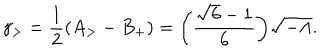
LaTeX: \gamma _ { > } = \frac { 1 } { 2 } ( A _ { > } - B _ { + } ) = \biggl ( \frac { \sqrt { 6 } - 1 } { 6 } \biggr ) \sqrt { - \Lambda } .